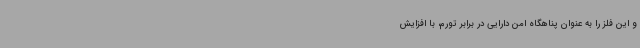
و این فلز را به عنوان پناهگاه امن دارایی در برابر تورم، با افزایش